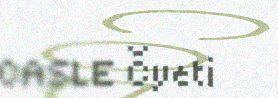
CASLE Čyeti